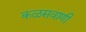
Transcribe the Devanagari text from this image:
कळसवाणी